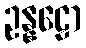
ဥန္နဠော